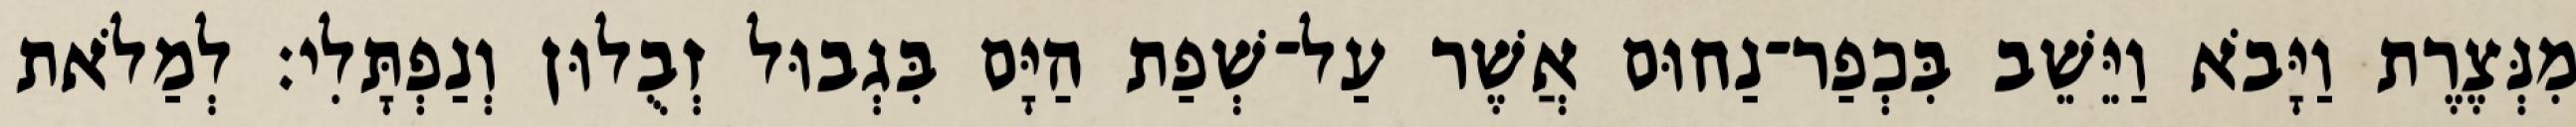
מִנְּצֶרֶת וַיָּבֹא וַיֵּשֵׁב בִּכְפַר־נַחוּם אֲשֶׁר עַל־שְׁפַת הַיָּם בִּגְבוּל זְבֻלוּן וְנַפְתָּלִי׃ לְמַלֹאת